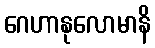
ဂေဟာနုလောမာနိ